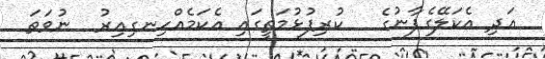
އަދި އެކަލޭގެފާނުގެ   ކުރިފުޅުމަތީގައި އެކަމެއްހިނގިއިރު  ނުވަތަ